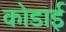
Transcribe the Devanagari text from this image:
कोडाई